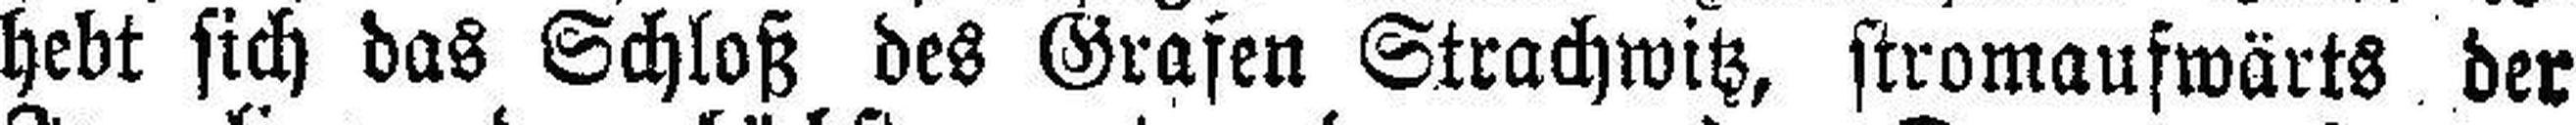
hebt sich das Schloß des Grafen Strachwitz, stromaufwärts der